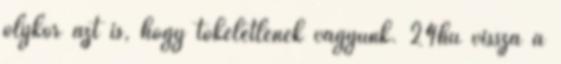
olykor azt is, hogy tökéletlenek vagyunk. 24hu vissza a